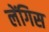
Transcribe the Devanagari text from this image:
लेंगिस